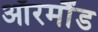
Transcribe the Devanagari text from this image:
ऑरमौंड